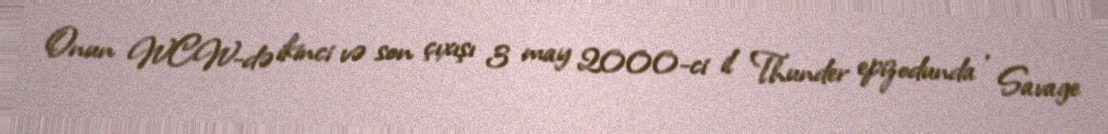
Onun WCW-də ikinci və son çıxışı 3 may 2000-ci il Thunder epizodunda , Savage